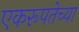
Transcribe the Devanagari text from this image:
एकरूपतेच्या